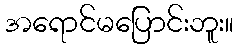
အရောင်မပြောင်းဘူး။